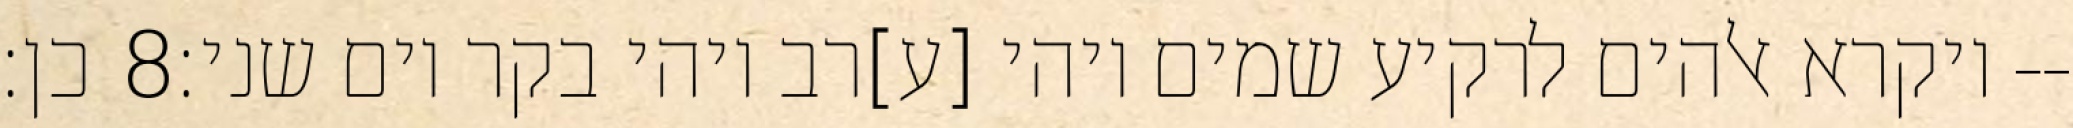
כן׃ ‎8‏ ויקרא אלהים לרקיע שמים ויהי [ע]רב ויהי בקר יום שני׃--